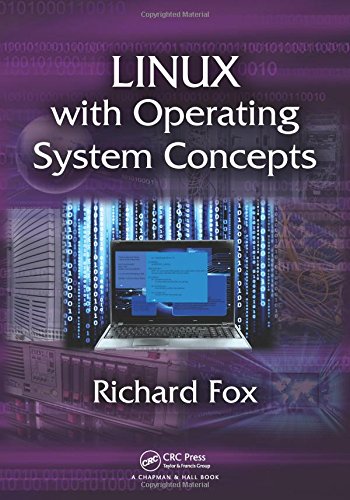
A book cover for Linux with Operating System Concepts; Richard Fox; Computers & Technology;